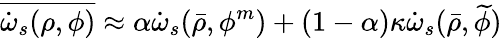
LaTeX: \overline{{\dot{\omega}_{s}(\rho,\phi)}}\approx\alpha\dot{\omega}_{s}(\bar{\rho},\phi^{m})+(1-\alpha)\kappa\dot{\omega}_{s}(\bar{\rho},\widetilde{\phi})